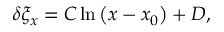
\begin{array} { r } { \delta \xi _ { x } = C \ln \left( x - x _ { 0 } \right) + D , } \end{array}